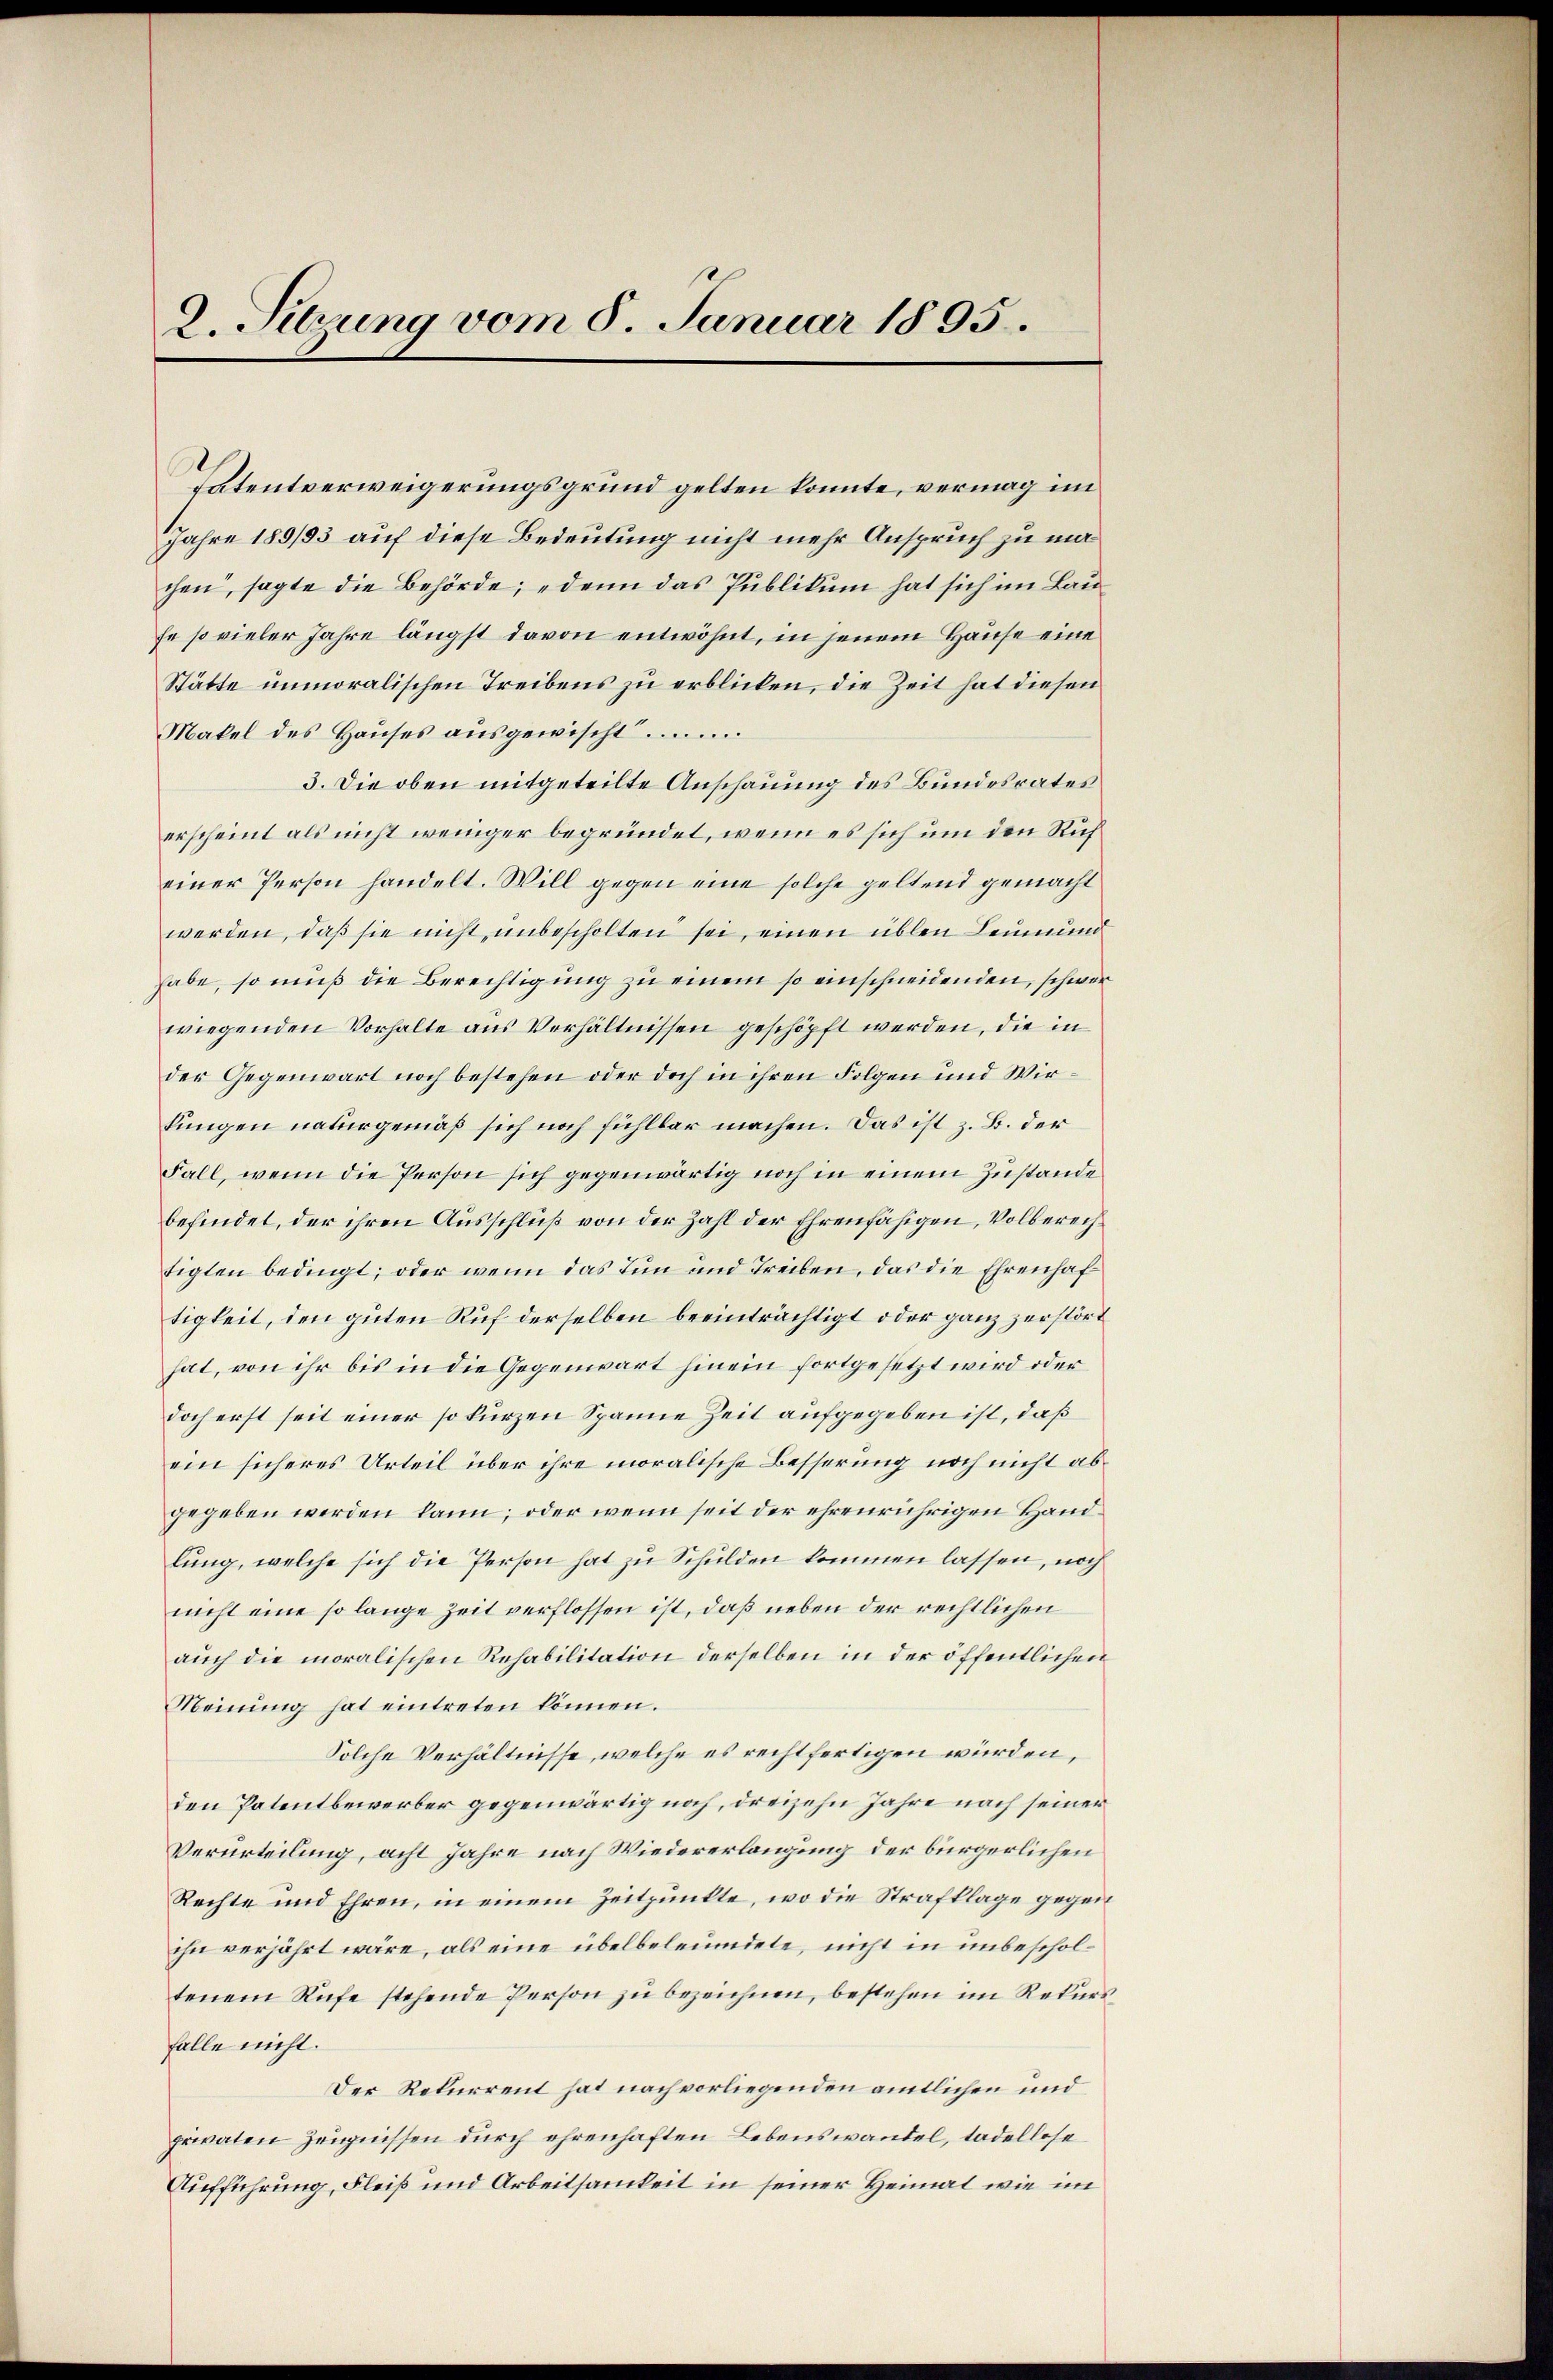
2. Sitzung vom 8. Januar 1895.

Patentverweigerungsgrund gelten konnte, vermag im
Jahre 189/93 auf diese Bedeutung nicht mehr Anspruch zu machen, sagte die Behörde; denn das Publikum hat sich im Laufe so vieler Jahre längst davon entwöhnt, in jenem Hause eine
Stätte unmoralischen Treibens zu erblicken, die Zeit hat diesen
Makel des Haŭses aŭsgewischt.
3. Die oben mitgeteilte Anschauung des Bundesrates
erscheint als nicht weniger begründet, wenn es sich um den Rich
einer Person handelt. Will gegen eine solche geltend gemacht
werden, daß sie nicht unbescholten sei, einen üblen Leumund
habe, so muß die Berechtigung zu einem so einschneidenden, schwer
wiegenden Vorhalte aus Verhältnissen geschöpft werden, die in
der Gegenwart noch bestehen oder doch in ihren Folgen und Wirkungen naturgemäß sich noch fühlbar machen. Das ist z. B. der
Fall, wenn die Person sich gegenwärtig noch in einem Zustande
befindet, der ihren Ausschluß von der Zahl der Ehrenfähigen, Volberechtigten bedingt, oder wenn das Tun und Treiben, das die Ehrenhaf
tigkeit, den guten Ruf derselben beeinträchtigt oder ganz zerstört
hat, von ihr bis in die Gegenwart hinein fortgesetzt wird oder
doch erst seit einer so kurzen Spanne Zeit aufgegeben ist, daß
ein sicheres Urteil über ihre moralische Besserung noch nicht abgegeben werden kann; oder wenn seit der ehrenrührigen Handlung, welche sich die Person hat zu Schulden kommen lassen, noch
nicht eine so lange Zeit verflossen ist, daß neben der rechtlichen
auch die moralischen Rehabilitation derselben in der öffentlichen
Meinung hat eintreten können.
Solche Verhältnisse, welche es rechtfertigen würden,
den Patentbewerber gegenwärtig noch, dreizehn Jahre nach seiner
Verurteilung, acht Jahre nach Wiedererlangung der bürgerlichen
Rechte und Ehren, in einem Zeitpunkte, wo die Strafklage gegen
ihn verjährt wäre, als eine übelbeleumdete, nicht in unbescholtenem Rufe stehende Person zŭ bezeichnen, bestehen im Rekurs
falle nicht.
Der Rekurrent hat nach vorliegenden amtlichen und
privaten Zeugnissen durch ehrenhaften Lebenswandel, tadellose
Aufführung, Fleiß und Arbeitsamkeit in seiner Heimal wie im